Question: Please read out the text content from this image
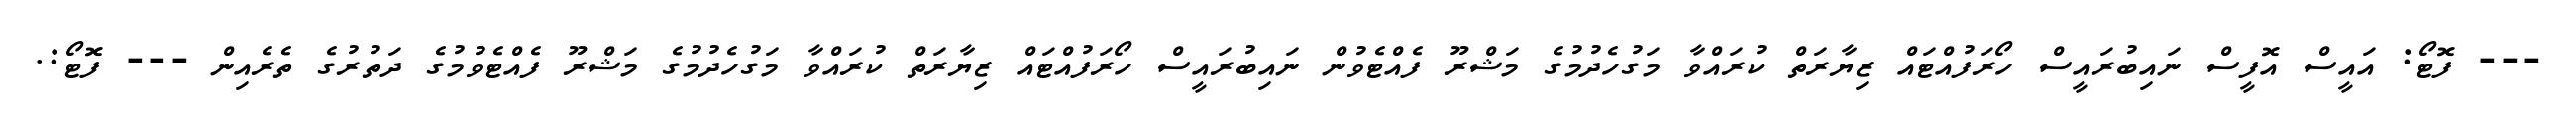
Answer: --- ފޮޓޯ: އައީސް އޮފީސް ނައިބުރައީސް ހޯރަފުއްޓައް ޒިޔާރަތް ކުރައްވާ މަގުހެދުމުގެ މަޝްރޫ ފެއްޓެވުން ނައިބުރައީސް ހޯރަފުއްޓައް ޒިޔާރަތް ކުރައްވާ މަގުހެދުމުގެ މަޝްރޫ ފެއްޓެވުމުގެ ދަތުރުގެ ތެރެއިން --- ފޮޓޯ:.